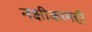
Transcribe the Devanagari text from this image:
नक्षीकामही